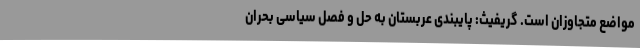
مواضع متجاوزان است. گریفیث: پایبندی عربستان به حل و فصل سیاسی بحران